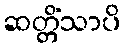
ဆတ္တိံသာပိ